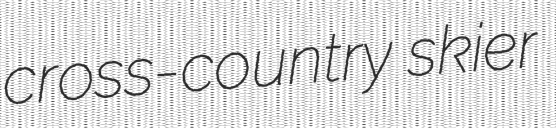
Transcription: cross-country skier